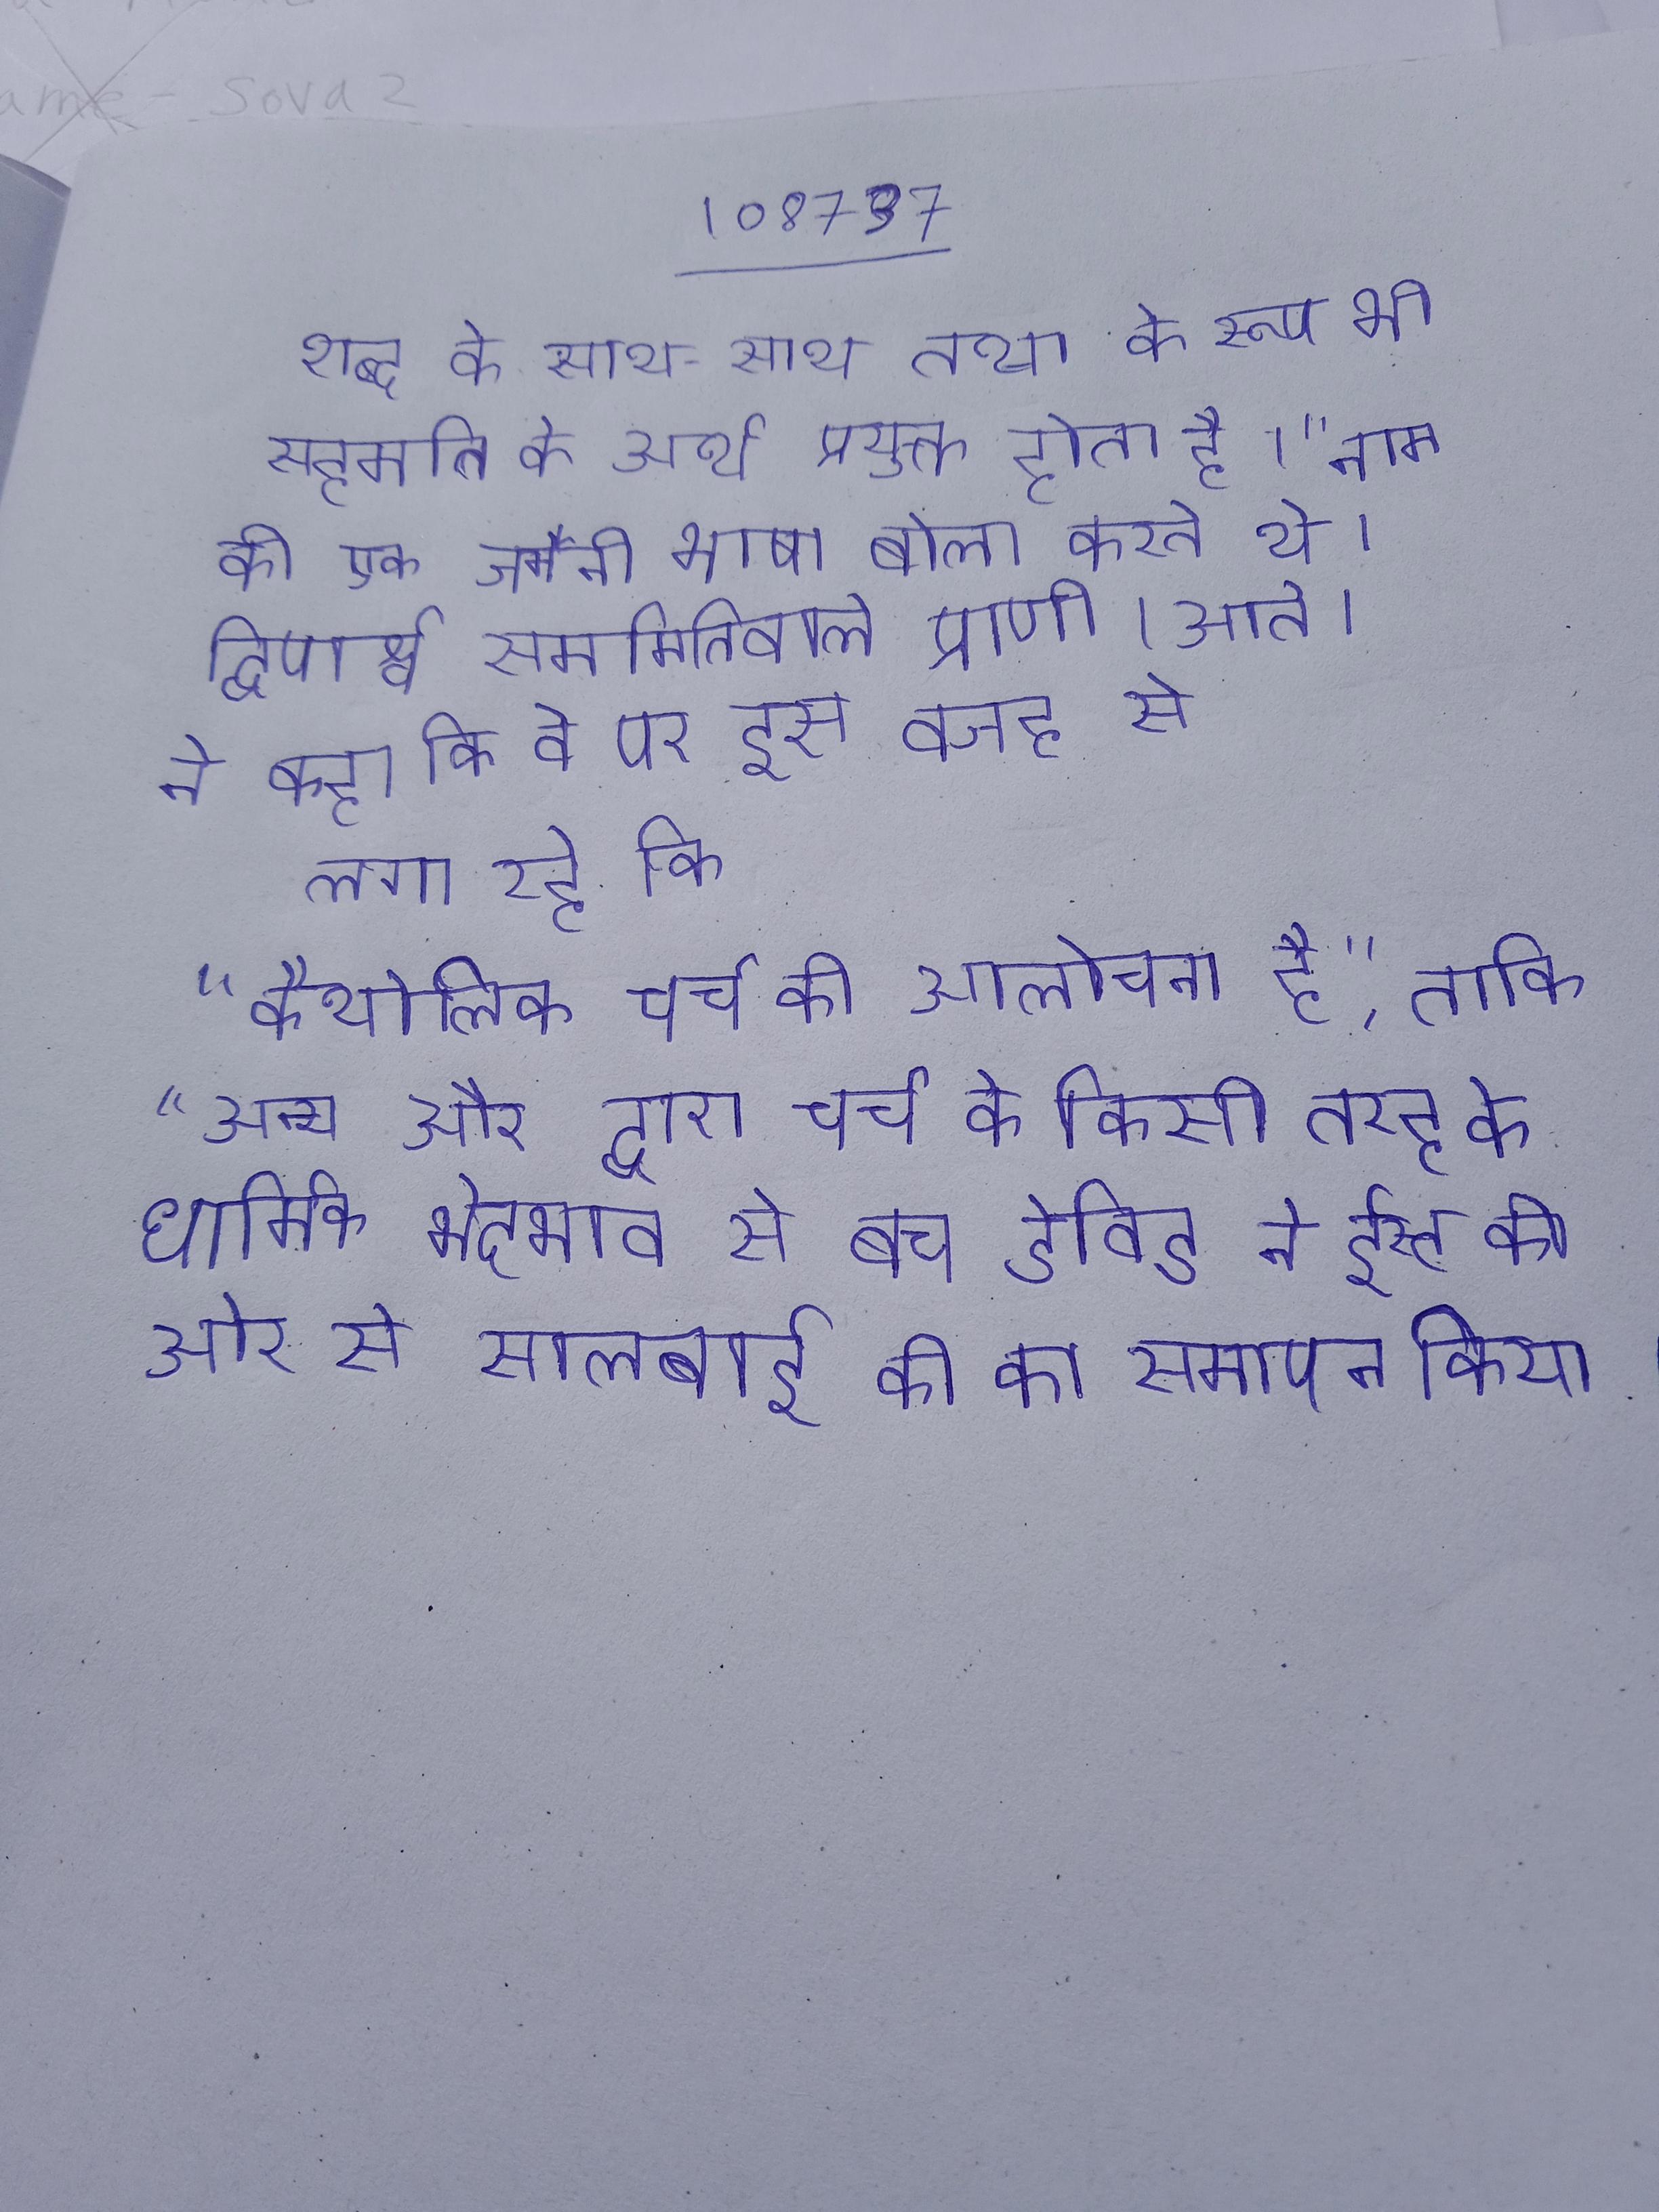
शब्द के साथ-साथ तथा के रूप भी सहमति के अर्थ प्रयुक्त होता है । " नाम की एक जर्मैनी भाषा बोला करते थे । द्विपार्श्व सममितिवाले प्राणी । आते । ने कहा कि वे पर इस वजह से लगा रहे कि "कैथोलिक चर्च की आलोचना है", ताकि "अन्य और द्वारा चर्च के किसी तरह के धार्मिक भेदभाव से बच डेविड ने ईस्ट की ओर से सालबाई की का समापन किया ।